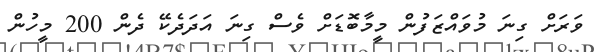
ވަރަށް ގިނަ މުވައްޒަފުން މީމާބޮޑަށް ވެސް ގިނަ އަދަދެކޭ ދެން 200 މީހުން